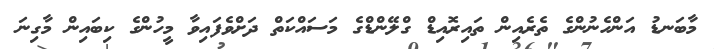
މާބަނޑު އަންހެނުންގެ ތެރެއިން ތައިރޮއިޑް ގްލޭންޑްގެ މަސައްކަތް ދަށްވެފައިވާ މީހުންގެ ކިބައިން މާގިނަ